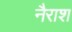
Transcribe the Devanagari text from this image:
नैराश